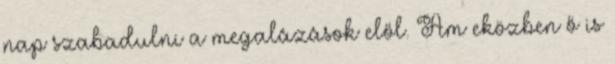
nap szabadulni a megalázások elől. Ám eközben ő is